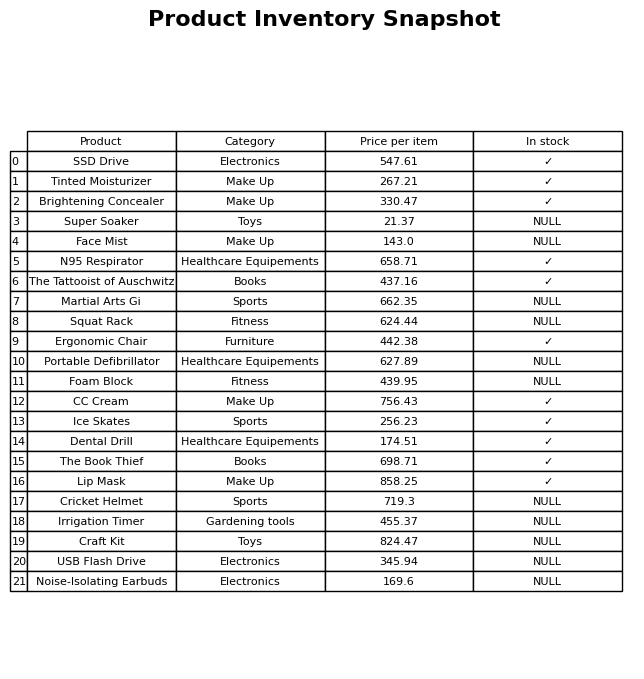
question: What is the price of the Tinted Moisturizer?
answer: The price of Tinted Moisturizer is 267.21.